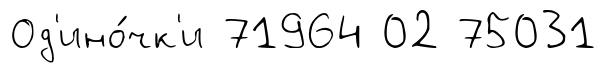
Од'ино́чк'и 71964 02 75031